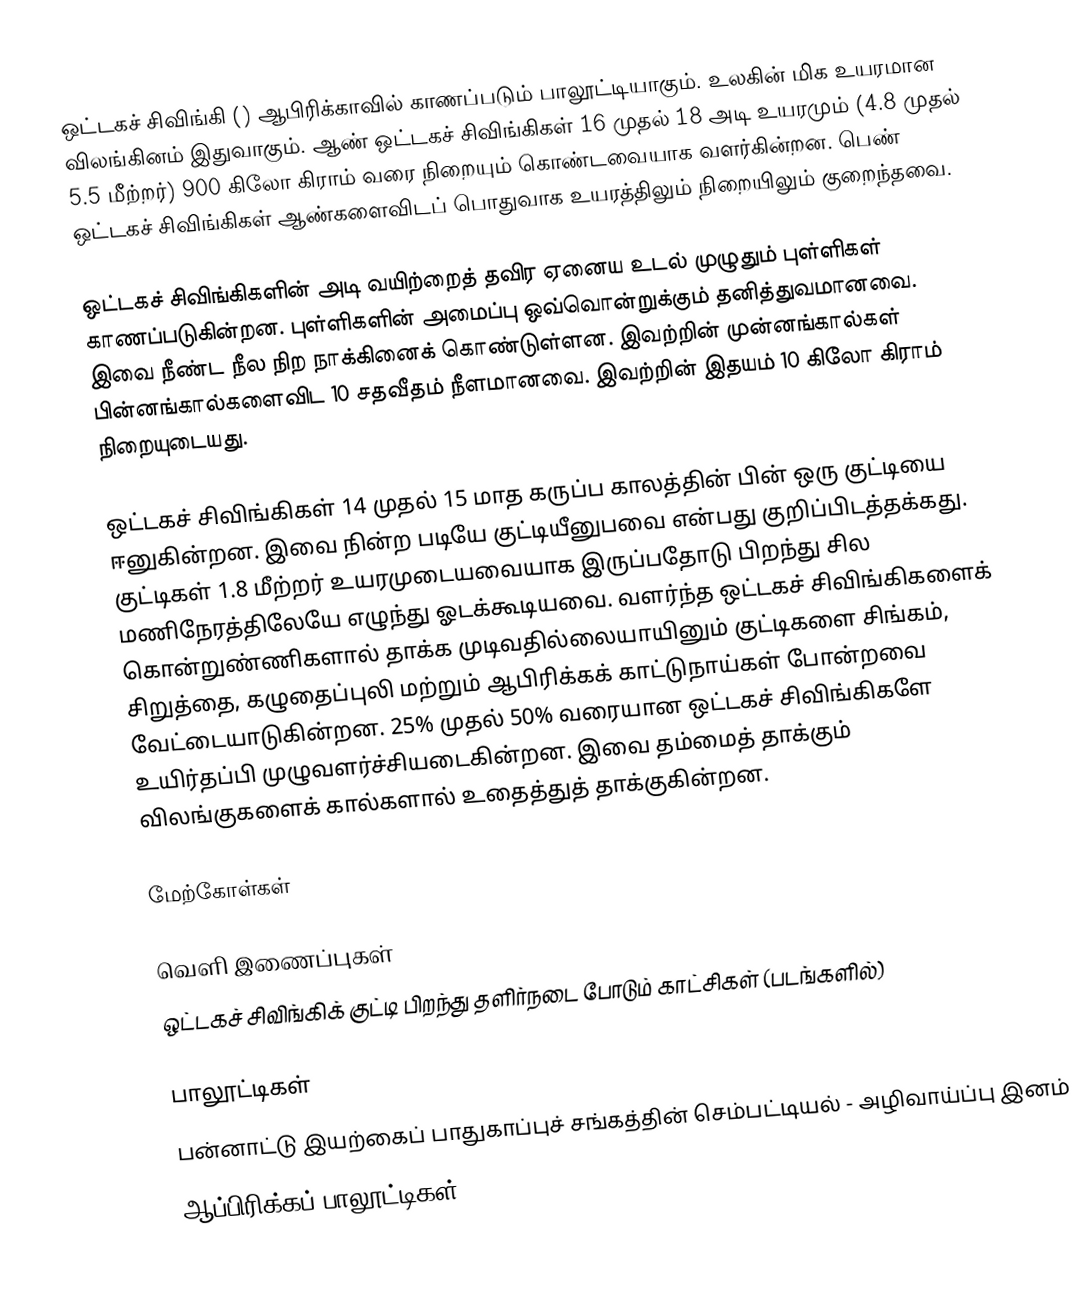
ஒட்டகச் சிவிங்கி () ஆபிரிக்காவில் காணப்படும் பாலூட்டியாகும். உலகின் மிக உயரமான விலங்கினம் இதுவாகும். ஆண் ஒட்டகச் சிவிங்கிகள் 16 முதல் 18 அடி உயரமும் (4.8 முதல் 5.5 மீற்றர்) 900 கிலோ கிராம் வரை நிறையும் கொண்டவையாக வளர்கின்றன. பெண் ஒட்டகச் சிவிங்கிகள் ஆண்களைவிடப் பொதுவாக உயரத்திலும் நிறையிலும் குறைந்தவை.

ஒட்டகச் சிவிங்கிகளின் அடி வயிற்றைத் தவிர  ஏனைய உடல் முழுதும் புள்ளிகள் காணப்படுகின்றன. புள்ளிகளின் அமைப்பு ஒவ்வொன்றுக்கும் தனித்துவமானவை. இவை நீண்ட நீல நிற நாக்கினைக் கொண்டுள்ளன. இவற்றின் முன்னங்கால்கள் பின்னங்கால்களைவிட 10 சதவீதம் நீளமானவை. இவற்றின் இதயம் 10 கிலோ கிராம் நிறையுடையது.

ஒட்டகச் சிவிங்கிகள் 14 முதல் 15 மாத கருப்ப காலத்தின் பின் ஒரு குட்டியை ஈனுகின்றன. இவை நின்ற படியே குட்டியீனுபவை என்பது குறிப்பிடத்தக்கது. குட்டிகள் 1.8 மீற்றர் உயரமுடையவையாக இருப்பதோடு பிறந்து சில மணிநேரத்திலேயே எழுந்து ஓடக்கூடியவை. வளர்ந்த ஒட்டகச் சிவிங்கிகளைக் கொன்றுண்ணிகளால் தாக்க முடிவதில்லையாயினும் குட்டிகளை சிங்கம், சிறுத்தை, கழுதைப்புலி மற்றும் ஆபிரிக்கக் காட்டுநாய்கள் போன்றவை வேட்டையாடுகின்றன. 25% முதல் 50% வரையான ஒட்டகச் சிவிங்கிகளே உயிர்தப்பி முழுவளர்ச்சியடைகின்றன. இவை தம்மைத் தாக்கும் விலங்குகளைக் கால்களால் உதைத்துத் தாக்குகின்றன.

மேற்கோள்கள்

வெளி இணைப்புகள்
  ஒட்டகச் சிவிங்கிக் குட்டி பிறந்து தளிர்நடை போடும் காட்சிகள் (படங்களில்)

பாலூட்டிகள்
பன்னாட்டு இயற்கைப் பாதுகாப்புச் சங்கத்தின் செம்பட்டியல் - அழிவாய்ப்பு இனம்
ஆப்பிரிக்கப் பாலூட்டிகள்